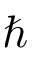
\hbar